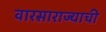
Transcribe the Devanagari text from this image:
वारसाराज्याची